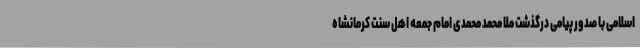
اسلامی با صدور پیامی درگذشت ملا محمد محمدی امام جمعه اهل سنت کرمانشاه